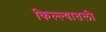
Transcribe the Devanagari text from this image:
किल्ल्यातली